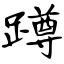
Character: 蹲